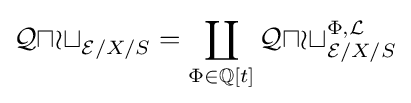
{\mathcal {Quot}}_{{\mathcal {E}}/X/S}=\coprod _{\Phi \in \mathbb {Q} [t]}{\mathcal {Quot}}_{{\mathcal {E}}/X/S}^{\Phi ,{\mathcal {L}}}